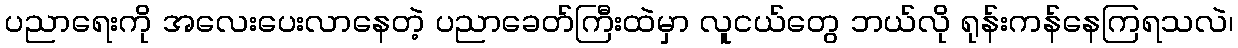
ပညာရေးကို အလေးပေးလာနေတဲ့ ပညာခေတ်ကြီးထဲမှာ လူငယ်တွေ ဘယ်လို ရုန်းကန်နေကြရသလဲ၊